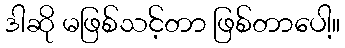
ဒါဆို မဖြစ်သင့်တာ ဖြစ်တာပေါ့။